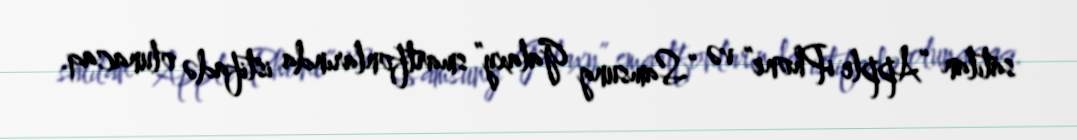
satılan “Apple iPhone” və “Samsung Galaxy” smartfonlarında istifadə olunacaq.